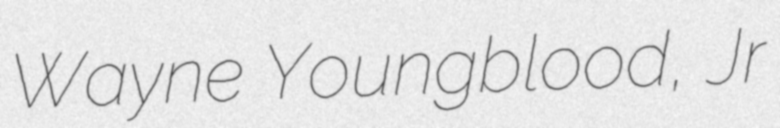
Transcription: Wayne Youngblood, Jr